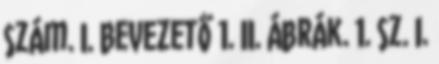
szám. I. Bevezető 1. II. Ábrák. 1. sz. I.